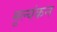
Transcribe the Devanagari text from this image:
मूल्यंकन